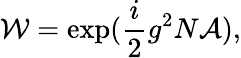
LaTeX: {\cal W}=\exp(\frac{i}{2}g^{2}N{\cal A}),